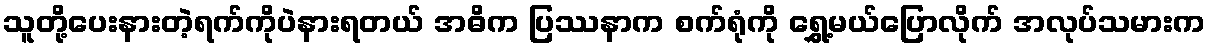
သူတို့ပေးနားတဲ့ရက်ကိုပဲနားရတယ် အဓိက ပြဿနာက စက်ရုံကို ရွှေ့မယ်ပြောလိုက် အလုပ်သမားက